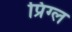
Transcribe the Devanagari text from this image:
प्रिग्ल